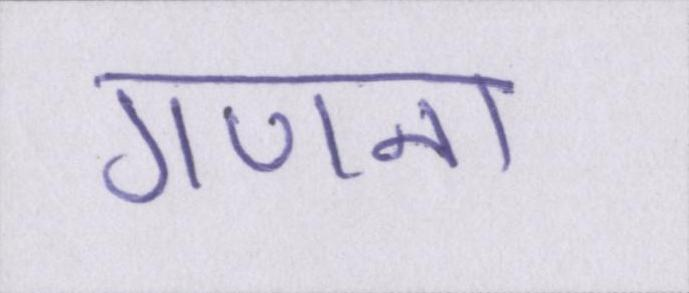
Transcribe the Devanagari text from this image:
गणना